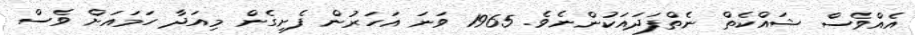
އެއްވެސް ޝައްކެތް ނެތްފަދައަކުންނެވެ. 1965 ވަނަ އަހަރުން ފެށިގެން މިއަދާ ހަމައަށް ވެސް